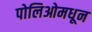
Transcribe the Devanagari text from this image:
पोलिओमधून